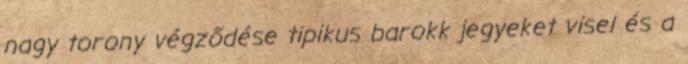
nagy torony végződése tipikus barokk jegyeket visel és a